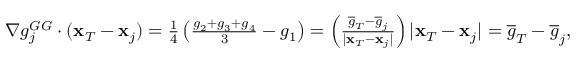
\begin{array} { r } { \nabla g _ { j } ^ { G G } \cdot ( { \bf x } _ { T } - { \bf x } _ { j } ) = \frac { 1 } { 4 } \left( \frac { g _ { 2 } + g _ { 3 } + g _ { 4 } } { 3 } - g _ { 1 } \right) = \left( \frac { \overline { { g } } _ { T } - \overline { { g } } _ { j } } { | { \bf x } _ { T } - { \bf x } _ { j } | } \right) | { \bf x } _ { T } - { \bf x } _ { j } | = \overline { { g } } _ { T } - \overline { { g } } _ { j } , } \end{array}